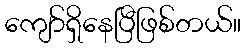
ကျော်ရှိနေပြီဖြစ်တယ်။